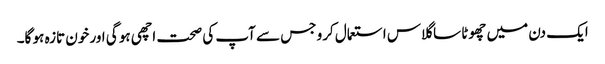
ایک دن میں چھوٹا سا گلاس استعمال کرو جس سے آپ کی صحت اچھی ہو گی اور خون تازہ ہو گا۔